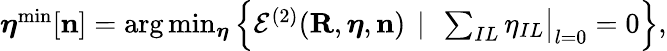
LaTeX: \begin{array}{r}{{\boldsymbol\eta}^{\mathrm{min}}[{\mathbf n}]=\arg\operatorname*{min}_{{\boldsymbol\eta}}\left\{ {\cal E}^{(2)}({\mathbf R},{\boldsymbol\eta},{\mathbf n})~\left\vert~\ \sum_{IL}\eta_{IL}\big\vert_{l=0}=0\right.\right\} ,}\end{array}